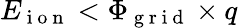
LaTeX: E_{\mathrm{~i~o~n~}}<\Phi_{\mathrm{~g~r~i~d~}}\times q